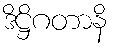
ဒိဋ္ဌိဂတာနိ